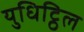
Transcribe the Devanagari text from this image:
युधिट्ठिल